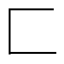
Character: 匚